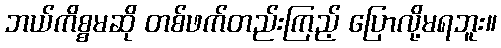
ဘယ်ကိစ္စမဆို တစ်ဖက်တည်းကြည့် ပြောလို့မရဘူး။